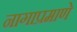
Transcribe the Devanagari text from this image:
नागाप्रमाणे